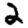
Digit: 2